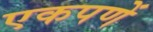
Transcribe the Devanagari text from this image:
एकपणें